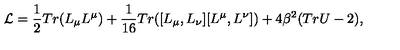
{ \cal L } = \frac { 1 } { 2 } T r ( L _ { \mu } L ^ { \mu } ) + \frac { 1 } { 1 6 } T r ( [ L _ { \mu } , L _ { \nu } ] [ L ^ { \mu } , L ^ { \nu } ] ) + 4 \beta ^ { 2 } ( T r U - 2 ) ,